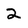
Character: 2